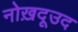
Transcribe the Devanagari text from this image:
नोख़दूउद